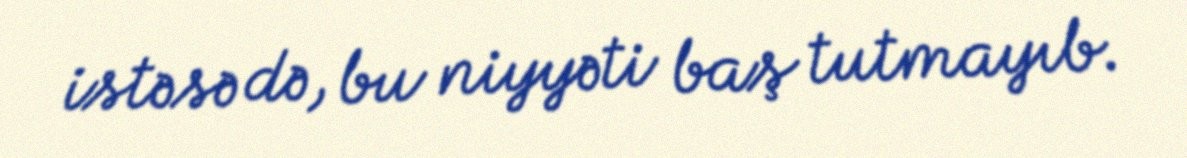
istəsə də, bu niyyəti baş tutmayıb.